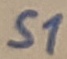
Text: S1